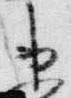
束